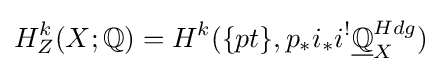
H_{Z}^{k}(X;\mathbb {Q} )=H^{k}(\{pt\},p_{*}i_{*}i^{!}{\underline {\mathbb {Q} }}_{X}^{Hdg})